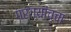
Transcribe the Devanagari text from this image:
गर्ग्यांच्चा